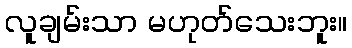
လူချမ်းသာ မဟုတ်သေးဘူး။